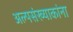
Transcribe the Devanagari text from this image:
अल्पसंख्याकांना